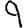
Digit: 9